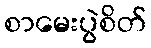
စာမေးပွဲစိတ်